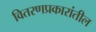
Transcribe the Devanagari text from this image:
वितरणप्रकारांतील